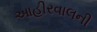
આહીરવાલની